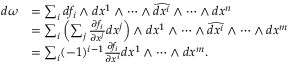
\begin{array} { r l } { d \omega } & { = \sum _ { i } d f _ { i } \wedge d x ^ { 1 } \wedge \dots \wedge \widehat { d x ^ { i } } \wedge \dots \wedge d x ^ { n } } \\ & { = \sum _ { i } \left( \sum _ { j } \frac { \partial f _ { i } } { \partial x ^ { j } } d x ^ { j } \right) \wedge d x ^ { 1 } \wedge \dots \wedge \widehat { d x ^ { i } } \wedge \dots \wedge d x ^ { m } } \\ & { = \sum _ { i } ( - 1 ) ^ { i - 1 } \frac { \partial f _ { i } } { \partial x ^ { i } } d x ^ { 1 } \wedge \dots \wedge d x ^ { m } . } \end{array}